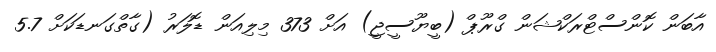
އާބަން ކޮންސްޓްރަކްޝަން ގްރޫޕް (ބީޔޫސީޖީ) އަށް 373 މިލިއަން ޑޮލަރު (ގާތްގަނޑަކަށް 5.7